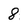
Character: 8